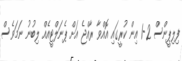
ފިލިޕީންސް 2-1 އިން ކުރީގައި އޮއްވާ ރާއްޖެ އަށް ޕެނަލްޓީއެއް ލިބުނު ނަމަވެސް